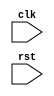
module your_module_name (
    input wire clk,
    input wire rst,
    // add your other input and output ports here
);

// add your reg and wire declarations here

always @(posedge clk or negedge rst)
begin
    if (rst == 0)
    begin
        // reset logic
    end
    else
    begin
        // sequential logic
    end
end

// add your other logic here

endmodule